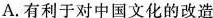
A.有利于对中国文化的改造